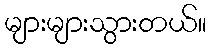
များများသွားတယ်။